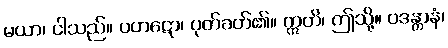
မယာ၊ ငါသည်။ ပဟဋော၊ ပုတ်ခတ်၏။ ဣတိ၊ ဤသို့။ ဝဒန္တာနံ၊